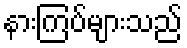
နားကြပ်များသည်